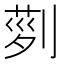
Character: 𠞝